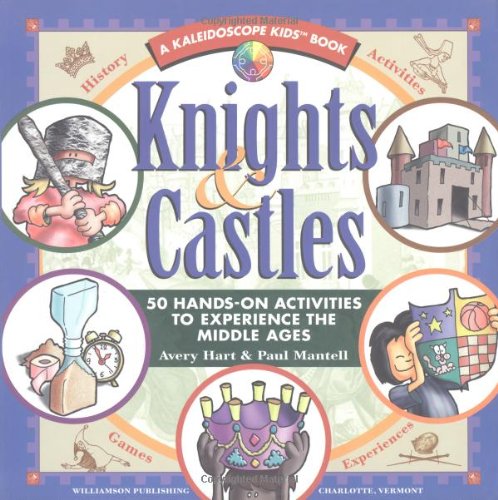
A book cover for Knights & Castles: 50 Hands-On Activities to Explore the Middle Ages (Kaleidoscope Kids Books (Williamson Publishing)); Avery Hart; Children's Books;